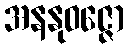
အနနုဝဇ္ဇော